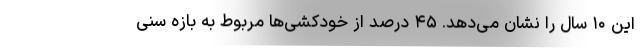
این ۱۰ سال را نشان می‌دهد. ۴۵ درصد از خودکشی‌ها مربوط به بازه سنی